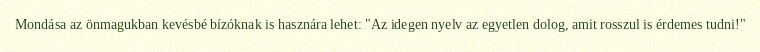
Mondása az önmagukban kevésbé bízóknak is hasznára lehet: "Az idegen nyelv az egyetlen dolog, amit rosszul is érdemes tudni!"